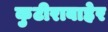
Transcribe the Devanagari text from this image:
कुटीराबाहेर